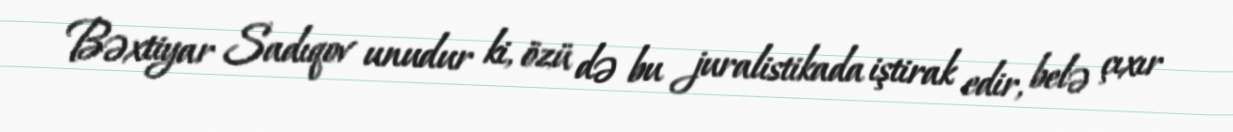
Bəxtiyar Sadıqov unudur ki, özü də bu juralistikada iştirak edir, belə çıxır